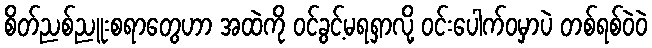
စိတ်ညစ်ညူးစရာတွေဟာ အထဲကို ဝင်ခွင့်မရရှာလို့ ဝင်းပေါက်ဝမှာပဲ တစ်ရစ်ဝဲဝဲ